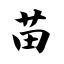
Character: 苗